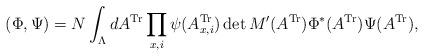
LaTeX: \begin{align*}(\Phi,\Psi) = N \int_\Lambda dA^{\rm Tr} \prod_{x,i} \psi(A_{x,i}^{\rm Tr}) \det M'(A^{\rm Tr}) \Phi^*(A^{\rm Tr}) \Psi(A^{\rm Tr}),\end{align*}